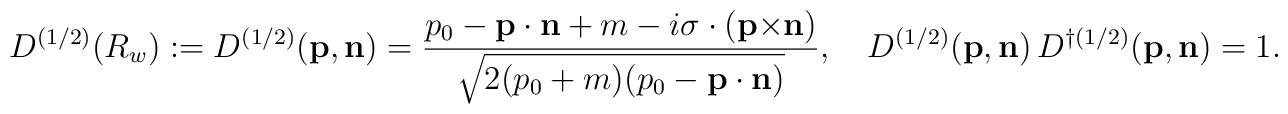
{D}^{(1/2)}(R_w):={D}^{(1/2)}({\bf p},{\bf n})=\frac{p_0-{\bf p}\cdot{\bf n}+m-i{\sigma}\cdot({\bf p}{\times}{\bf n})}{\sqrt{2(p_0+m)(p_0-{\bf p}\cdot{\bf n})}},\quad{D}^{(1/2)}({\bf p},{\bf n})\,{D}^{\dagger(1/2)}({\bf p},{\bf n})=1.